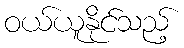
ဝယ်ယူနိုင်သည့်